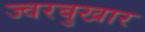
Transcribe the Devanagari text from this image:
ज्वरबुखार